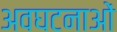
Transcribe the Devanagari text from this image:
अवघटनाओं